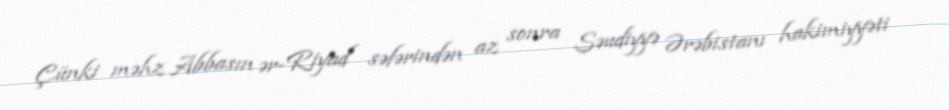
Çünki məhz Abbasın ər-Riyad səfərindən az sonra Səudiyyə Ərəbistanı hakimiyyəti